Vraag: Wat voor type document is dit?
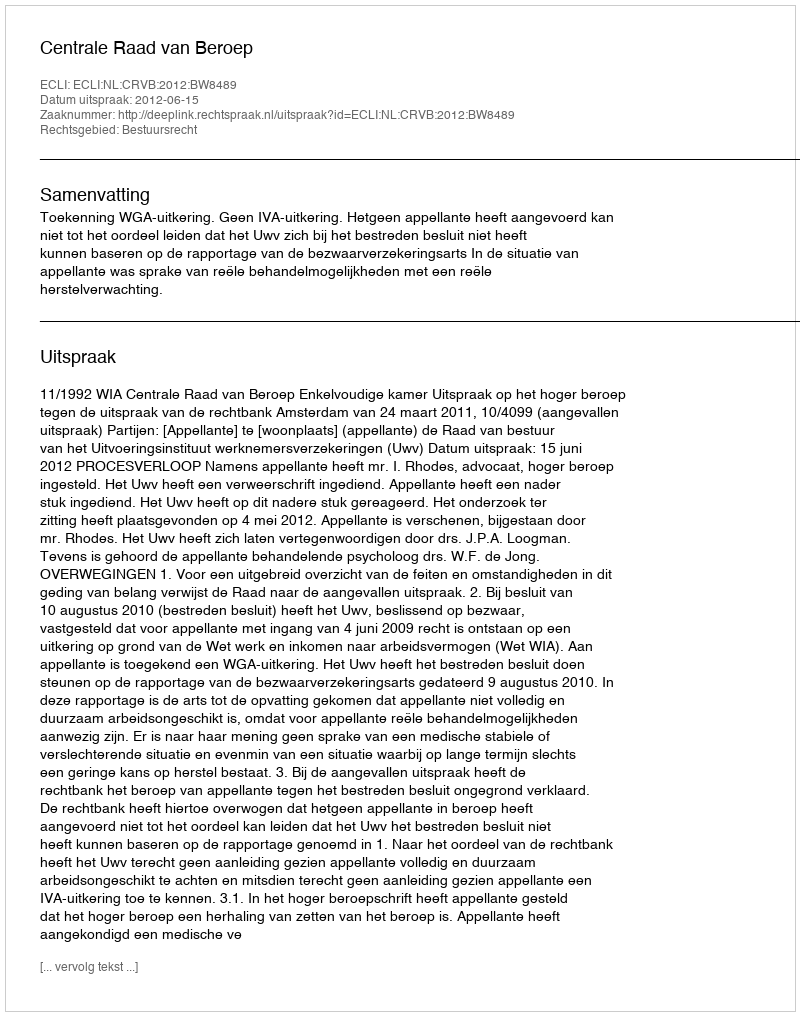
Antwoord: Uitspraak